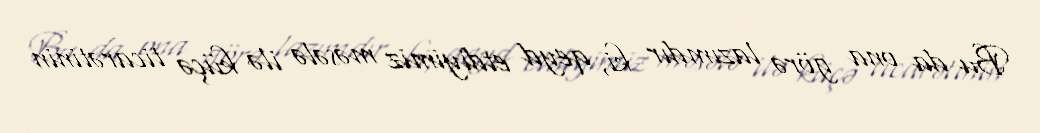
Bu da ona görə lazımdır ki, qeyd etdiyimiz məsələ ilə küçə ticarətinin